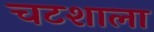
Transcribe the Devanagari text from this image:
चटशाला